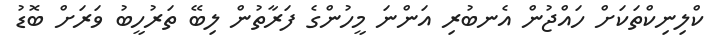
ކްލިނިކްތަކަށް ހައްޖުން އެނބުރި އަންނަ މީހުންގެ ފަރާތުން ލިބޭ ތަރުހީބު ވަރަށް ބޮޑު